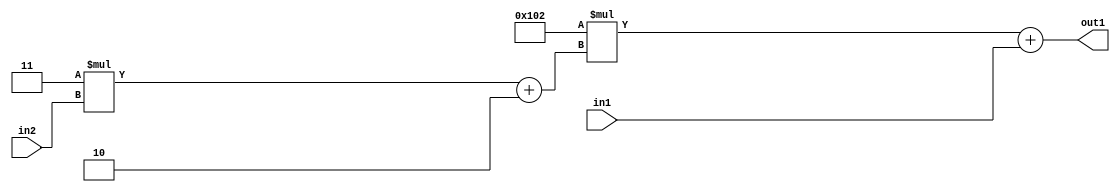
`timescale 1ps / 1ps
/*****************************************************************************
    Verilog RTL Description
    
    
    Created by: Stratus DpOpt 2019.1.01 
*******************************************************************************/

module DC_Filter_Add2u9Mul2i258Add2i2Mul2i3u2_4 (
	in2,
	in1,
	out1
	); /* architecture "behavioural" */ 
input [1:0] in2;
input [8:0] in1;
output [11:0] out1;
wire [11:0] asc001;
wire [3:0] asc002;

wire [3:0] asc002_tmp_0;
assign asc002_tmp_0 = 
	+(4'B0011 * in2);
assign asc002 = asc002_tmp_0
	+(4'B0010);

wire [11:0] asc001_tmp_1;
assign asc001_tmp_1 = 
	+(12'B000100000010 * asc002);
assign asc001 = asc001_tmp_1
	+(in1);

assign out1 = asc001;
endmodule

/* CADENCE  v7L5Tgs= : u9/ySgnWtBlWxVPRXgAZ4Og= ** DO NOT EDIT THIS LINE ******/